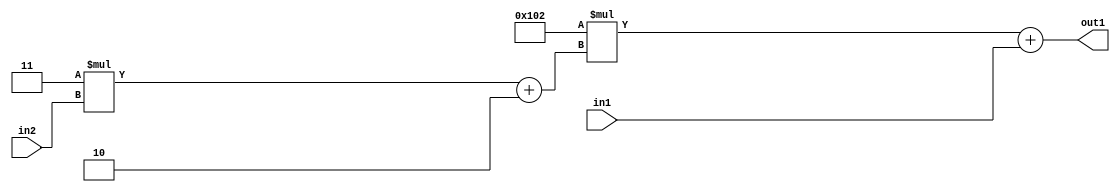
`timescale 1ps / 1ps
/*****************************************************************************
    Verilog RTL Description
    
    
    Created by: Stratus DpOpt 2019.1.01 
*******************************************************************************/

module DC_Filter_Add2u9Mul2i258Add2i2Mul2i3u2_4 (
	in2,
	in1,
	out1
	); /* architecture "behavioural" */ 
input [1:0] in2;
input [8:0] in1;
output [11:0] out1;
wire [11:0] asc001;
wire [3:0] asc002;

wire [3:0] asc002_tmp_0;
assign asc002_tmp_0 = 
	+(4'B0011 * in2);
assign asc002 = asc002_tmp_0
	+(4'B0010);

wire [11:0] asc001_tmp_1;
assign asc001_tmp_1 = 
	+(12'B000100000010 * asc002);
assign asc001 = asc001_tmp_1
	+(in1);

assign out1 = asc001;
endmodule

/* CADENCE  v7L5Tgs= : u9/ySgnWtBlWxVPRXgAZ4Og= ** DO NOT EDIT THIS LINE ******/